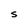
Character: S